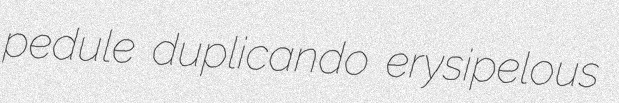
pedule duplicando erysipelous